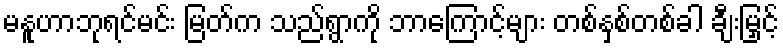
မနူဟာဘုရင်မင်း မြတ်က သည်ရွာကို ဘာကြောင့်များ တစ်နှစ်တစ်ခါ ချီးမြှင့်